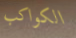
الكواكب